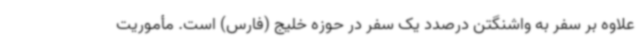
علاوه بر سفر به واشنگتن درصدد یک سفر در حوزه خلیج (فارس) است. مأموریت